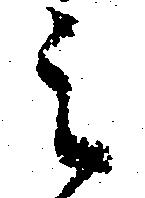
之